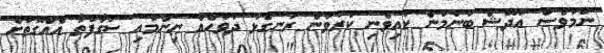
ނަމަވެސް އުދޭޝް ބުނުމުން ކައިވެނި ކުރުވަން ރަނގަޅު ދުވަހެއް ނިންމައި ސަގާފަތާ އެއްގޮތަށް